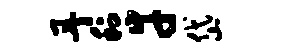
丹利幸岱